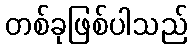
တစ်ခုဖြစ်ပါသည်